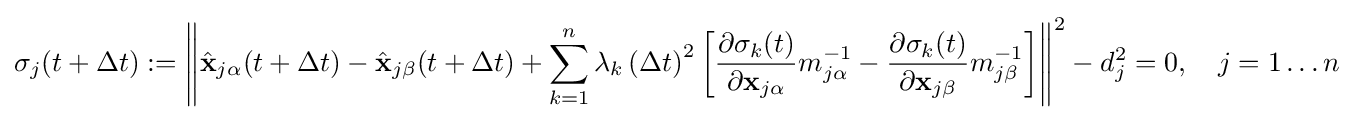
\sigma _{j}(t+\Delta t):=\left\|{\hat {\mathbf {x} }}_{j\alpha }(t+\Delta t)-{\hat {\mathbf {x} }}_{j\beta }(t+\Delta t)+\sum _{k=1}^{n}\lambda _{k}\left(\Delta t\right)^{2}\left[{\frac {\partial \sigma _{k}(t)}{\partial \mathbf {x} _{j\alpha }}}m_{j\alpha }^{-1}-{\frac {\partial \sigma _{k}(t)}{\partial \mathbf {x} _{j\beta }}}m_{j\beta }^{-1}\right]\right\|^{2}-d_{j}^{2}=0,\quad j=1\ldots n